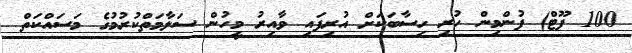
100 ފޫޓް) ފުންމިން ހުރި ހިސާބަކަށް އުރިފައި ވާއިރު މީހުން ސަލާމަތްކުރުމުގެ މަސައްކަތް